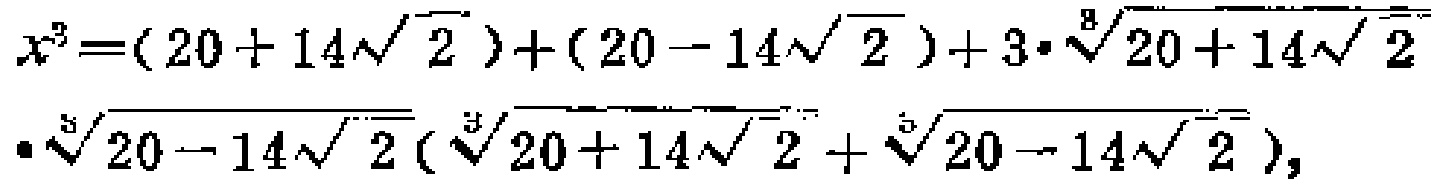
\[

x^{3}=(20 + 14\sqrt{2})+(20 - 14\sqrt{2})+3\cdot\sqrt[3]{20 + 14\sqrt{2}}\cdot\sqrt[3]{20 - 14\sqrt{2}}(\sqrt[3]{20 + 14\sqrt{2}}+\sqrt[3]{20 - 14\sqrt{2}}),

\]